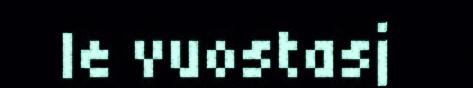
le vuostasj